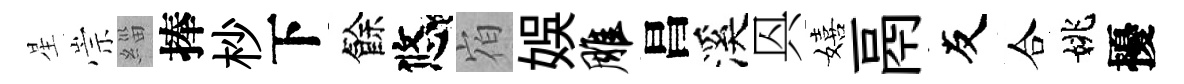
星崇緇捧杪下餘悠𪧐娱雕昌溪㒷嬉鬲友合姚擾